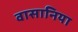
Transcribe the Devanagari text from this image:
वासानिया